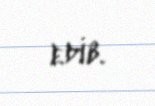
edib.